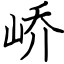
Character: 峤